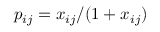
p _ { i j } = x _ { i j } / ( 1 + x _ { i j } )